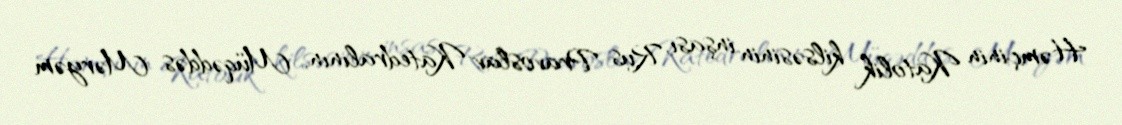
Həmçinin Katolik kilsəsinin inşası, Rus Pravoslav Katedralının, Müqəddəs Məryəm